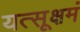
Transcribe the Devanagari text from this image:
यत्सूक्षमं